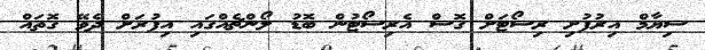
ސިޔާާމް އިރުފުށި ރިސޯޓަށް ގޮސް އެރިސޯޓުން ބޮޑު ލޯންޗެއްގައި އިފުރަށް ދެވޭ ގޮތައް